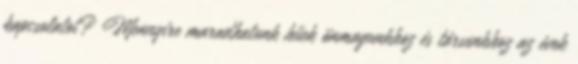
kapcsolatot? Mennyire maradhatunk hűek önmagunkhoz és társunkhoz az évek